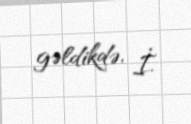
gəldikdə, İ.